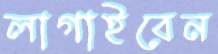
লাগাইবেন